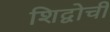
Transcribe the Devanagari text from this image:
शिद्वोची